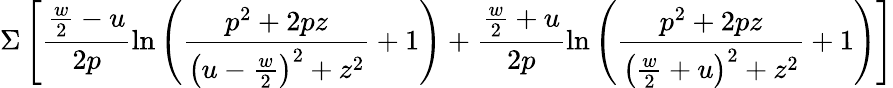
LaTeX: \Sigma\left[\frac{\frac{w}{2}-u}{2p}\ln\left(\frac{p^{2}+2pz}{\left(u-\frac{w}{2}\right)^{2}+z^{2}}+1\right)+\frac{\frac{w}{2}+u}{2p}\ln\left(\frac{p^{2}+2pz}{\left(\frac{w}{2}+u\right)^{2}+z^{2}}+1\right)\right]